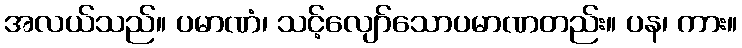
အလယ်သည်။ ပမာဏံ၊ သင့်လျော်သောပမာဏတည်း။ ပန၊ ကား။